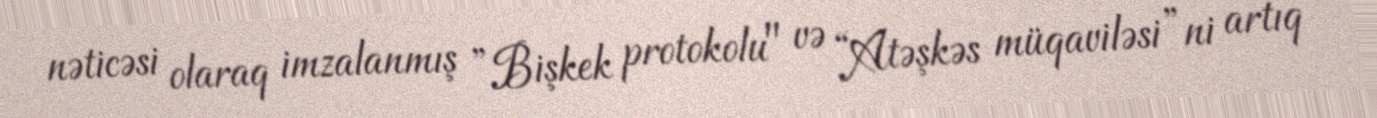
nəticəsi olaraq imzalanmış ”Bişkek protokolu" və “Atəşkəs müqaviləsi”ni artıq